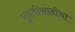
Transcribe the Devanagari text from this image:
मुदतीसाठीचा